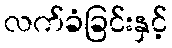
လက်ခံခြင်းနှင့်